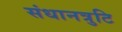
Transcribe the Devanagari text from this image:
संधानत्रुटि